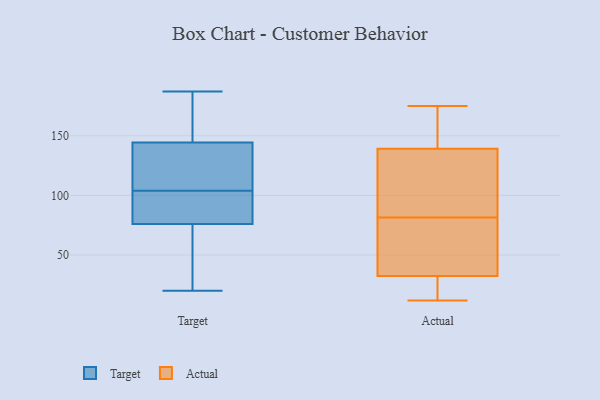
{"axis": {"x": "Demand Index", "y": "Value"}, "legend": ["Actual", "Target"], "data": [{"x": "", "y": 137, "type": "Target"}, {"x": "", "y": 104, "type": "Target"}, {"x": "", "y": 61, "type": "Target"}, {"x": "", "y": 145, "type": "Target"}, {"x": "", "y": 23, "type": "Target"}, {"x": "", "y": 90, "type": "Target"}, {"x": "", "y": 187, "type": "Target"}, {"x": "", "y": 144, "type": "Target"}, {"x": "", "y": 20, "type": "Target"}, {"x": "", "y": 85, "type": "Target"}, {"x": "", "y": 104, "type": "Target"}, {"x": "", "y": 167, "type": "Target"}, {"x": "", "y": 81, "type": "Target"}, {"x": "", "y": 26, "type": "Actual"}, {"x": "", "y": 135, "type": "Actual"}, {"x": "", "y": 23, "type": "Actual"}, {"x": "", "y": 12, "type": "Actual"}, {"x": "", "y": 157, "type": "Actual"}, {"x": "", "y": 28, "type": "Actual"}, {"x": "", "y": 85, "type": "Actual"}, {"x": "", "y": 68, "type": "Actual"}, {"x": "", "y": 57, "type": "Actual"}, {"x": "", "y": 154, "type": "Actual"}, {"x": "", "y": 25, "type": "Actual"}, {"x": "", "y": 78, "type": "Actual"}, {"x": "", "y": 37, "type": "Actual"}, {"x": "", "y": 154, "type": "Actual"}, {"x": "", "y": 74, "type": "Actual"}, {"x": "", "y": 107, "type": "Actual"}, {"x": "", "y": 175, "type": "Actual"}, {"x": "", "y": 143, "type": "Actual"}, {"x": "", "y": 93, "type": "Actual"}, {"x": "", "y": 111, "type": "Actual"}]}